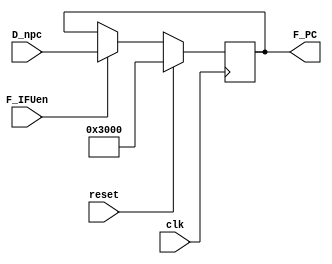
module F_IFU(
    input clk,
    input reset,
    input F_IFUen,
    input [31:0] D_npc,
    output reg [31:0] F_PC);

    parameter IM_SIZE = 4096;
    parameter PC_base = 32'h0000_3000;

    reg [11:0] IM_addr;

	initial begin
        F_PC <= PC_base;
	end
	

    always @(posedge clk) begin // 
        if (reset) begin
            F_PC <= PC_base;
        end
        else begin
            if (F_IFUen) begin
                F_PC <= D_npc;
            end
            else begin
                F_PC <= F_PC;
            end
        end
    end

endmodule